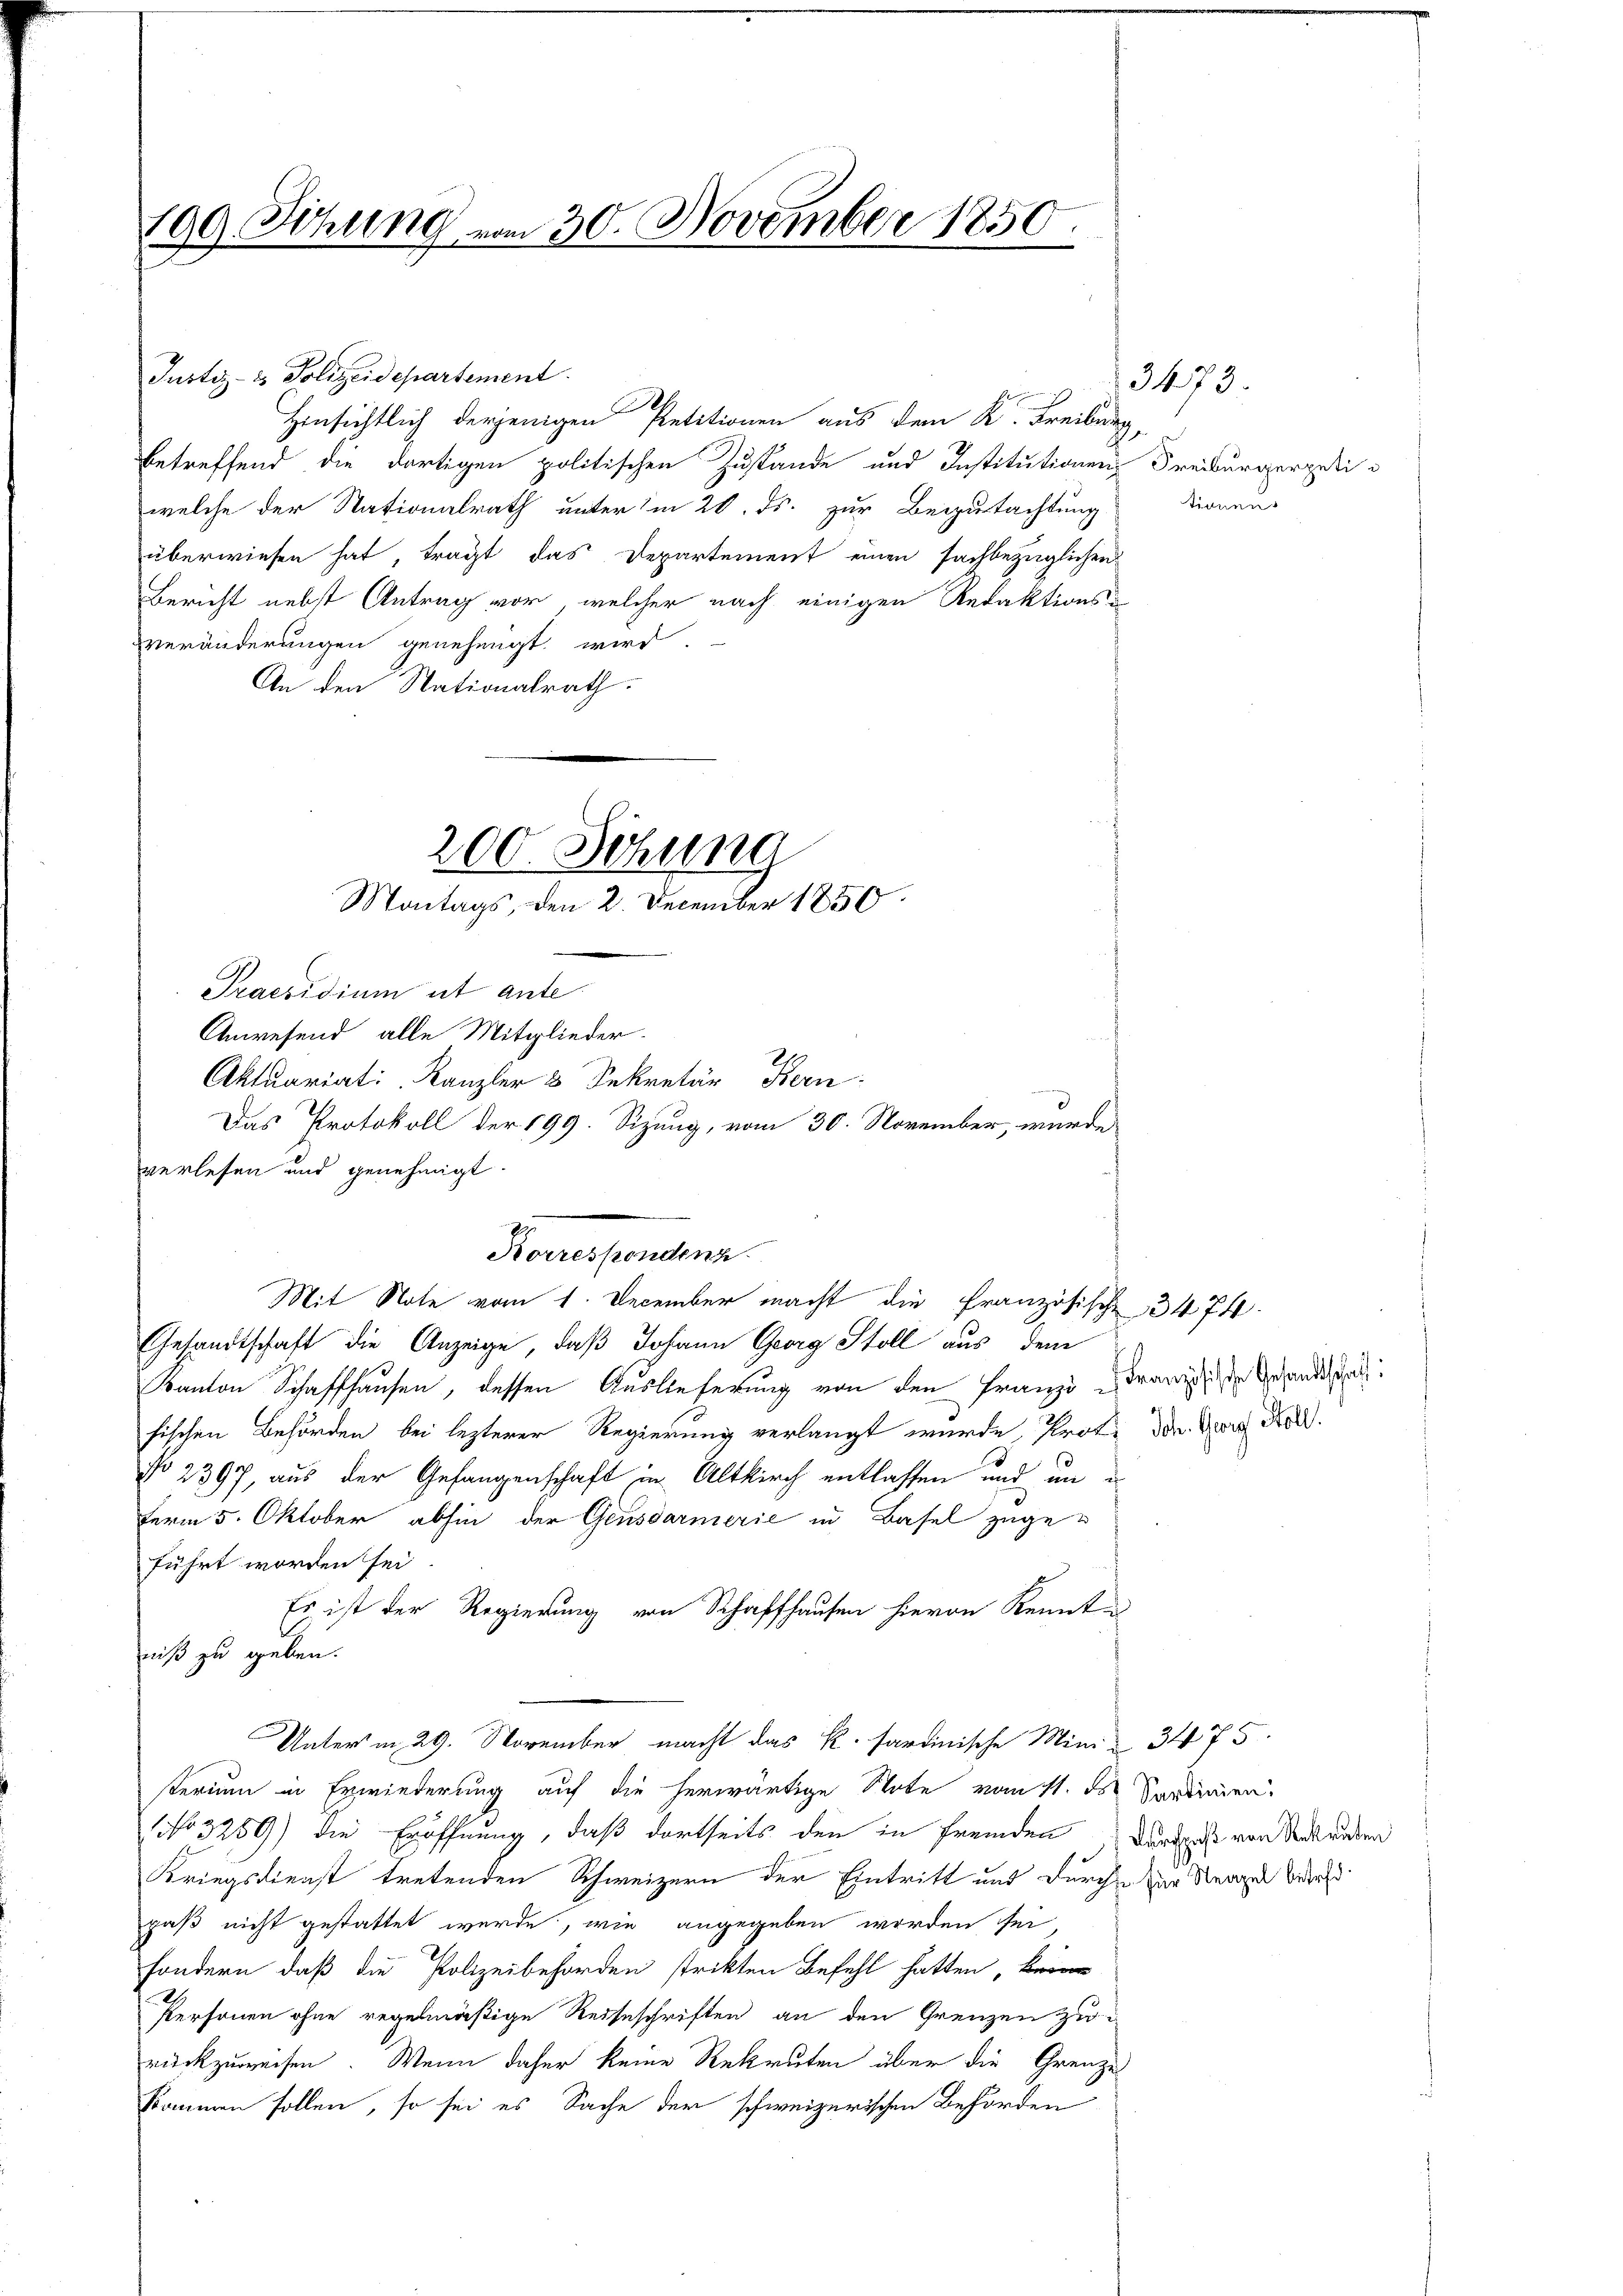
109. Föhung vom 30. November 1850.

Justiz- & Polizeidepartement.
Hinsichtlich derjenigen Petitionen aus dem K. Freiburg,
betreffend die dortigen politischen Zustände und Institutionen Freiburgergeli
welche der Nationalrath unter’m 20. ds. zur Begutachtung Dionen-
überwiesen hat, trägt das Departement einen sachbezüglichen
Bericht nebst Antrag vor, welcher nach einigen Redaktions-
veränderungen genehmigt wird.
An den Stationalrath.
Praesidium ist ante
verlesen und genehmigt.
Gesandtschaft die Anzeige, daß Johann Georg Stoll aus dem
Kanton Schaffhausen, dessen Auslieferung von den Franzi Franzige Gesandthat
fischen Behörden bei lezterer Regierung verlangt wurde, Prof. Dr. Georg F
No 2397, aus der Gefangenschaft in Altkirch entlassen und um e
ferm 5. Oktober abhin der Gensdarmerie in Basel zugeführt worden sei.
Es ist der Regierung von Schaffhausen hievon Kennte
niß zu geben.
Unterm 29. November macht das k. sardinische Mini- 3475.
sterium in Erwiederung auf die herwärtige Note vom 11. ds.
No 3259) die Eröffnung, daß dortseits den in fremden Verspahl von Sekreten
Kriegsdienst tretenden Schweizern der Eintritt und durchte der Strage betr.
paß nicht gestattet werde, wie angegeben worden sei,
sondern, daß die Polizeibehörden strikten Befehl hatten, kein
Personen ohne regelmäßige Reiseschriften an den Grenzen zurückzuweisen. Wenn daher keine Rekruten über die Grenze
kommen sollen, so sei es Sache der schweizerischen Behörden

200. Sitzung
Montags, den 2. December 1850

Anwesend alle Mitglieder-
Aktuariat Kanzler 3 Sekretär Bern
Das Protokoll der 199. Sizung, vom 30. November, wurde
Koves sondern.
Mit Note vom 1. December macht die Französische 3474

3473.

Sardinien.